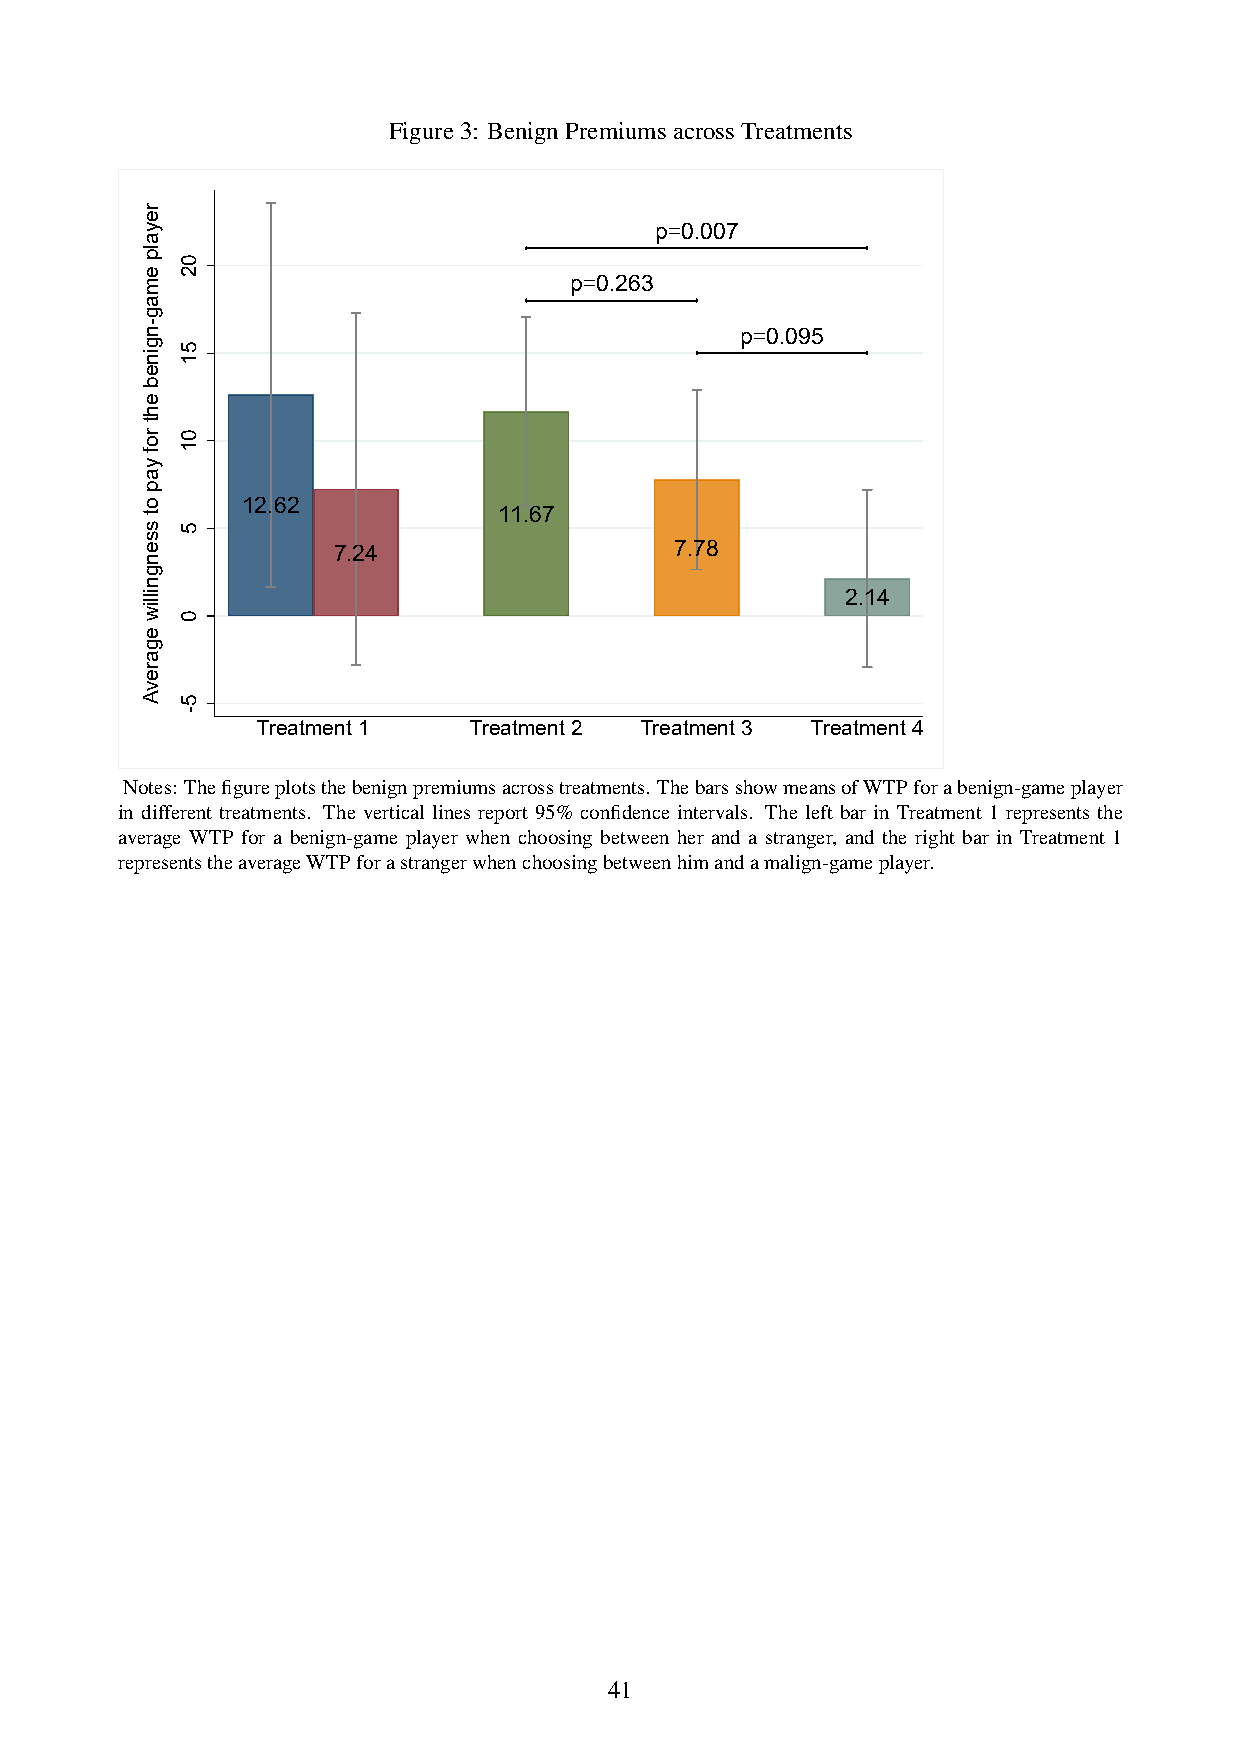
Figure3: BenignPremiumsacrossTreatments
 p=0.007
 p=0.263
 p=0.095
 12.62
 11.67
 7.24                   7.78
 2.14
 Treatment 1   Treatment 2 Treatment 3 Treatment 4
 Notes: Thefigureplotsthebenignpremiumsacrosstreatments. ThebarsshowmeansofWTPforabenign-gameplayer
 in different treatments. The vertical lines report 95% confidence intervals. The left bar in Treatment 1 represents the
 average WTP for a benign-game player when choosing between her and a stranger, and the right bar in Treatment 1
 representstheaverageWTPforastrangerwhenchoosingbetweenhimandamalign-gameplayer.
 41
 reyalp
 emag-ngineb
 eht
 rof
 yap
 ot
 ssengnilliw
 egarevA
 02
 51
 01
 5
 0
 5-